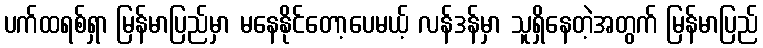
ပက်ထရစ်ရှာ မြန်မာပြည်မှာ မနေနိုင်တော့ပေမယ့် လန်ဒန်မှာ သူရှိနေတဲ့အတွက် မြန်မာပြည်